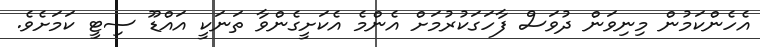
އެހެންކަމުން މިނިވަން ދުވަސް ފާހަގަކުރުމަށް އެންމެ އެކަށީގެންވާ ތަނަކީ އައްޑޫ ސިޓީ ކަމަށެވެ.